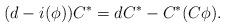
LaTeX: \begin{align*}(d-i(\phi))C^{*} = dC^{*} - C^{*}(C\phi).\end{align*}